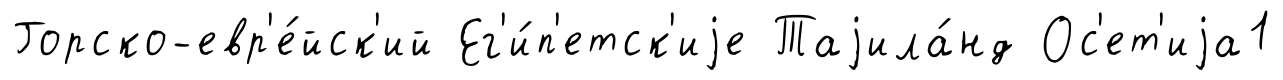
Горско-евр'е́йск'ий Ег'и́п'етск'иjе Таjила́нд Ос'ет'иjа1